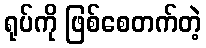
ရုပ်ကို ဖြစ်စေတက်တဲ့